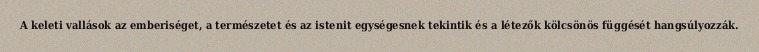
A keleti vallások az emberiséget, a természetet és az istenit egységesnek tekintik és a létezők kölcsönös függését hangsúlyozzák.